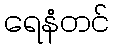
ရေနံတင်